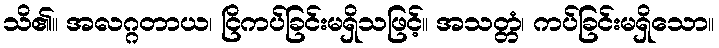
သိ၏။ အလဂ္ဂတာယ၊ ငြိကပ်ခြင်းမရှိသဖြင့်။ အသတ္တံ၊ ကပ်ခြင်းမရှိသော။